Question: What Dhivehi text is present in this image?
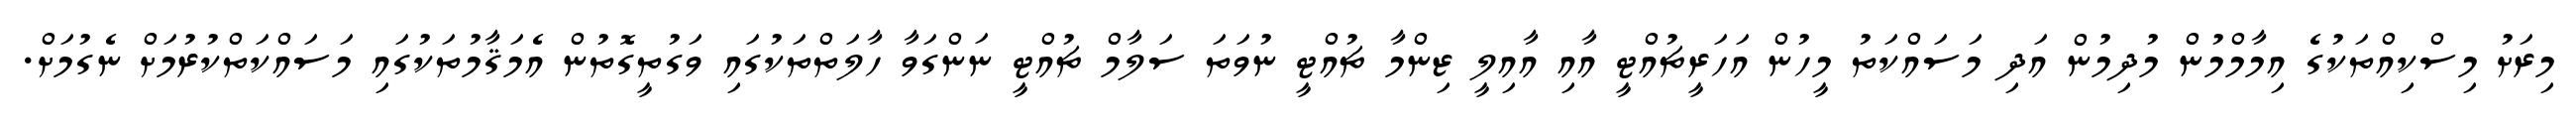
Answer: މިރަށު މިސްކިއްތަކުގެ އިމާމްމުން މުދިމުން އަދި މަސައްކަތު މީހުން އަހަރީޗުއްޓީ އާއި އާއިލީ ޒިންމާ ޗުއްޓީ ނުވަތަ ސަލާމް ޗުއްޓީ ނަންގަވާ ހާލަތްތަކުގައި ވަގުތީގޮތުން އެމަޤާމުތަކުގައި މަސައްކަތްކުރުމަށް ނެގުމަށް.